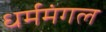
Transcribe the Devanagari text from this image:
धर्ममंगल